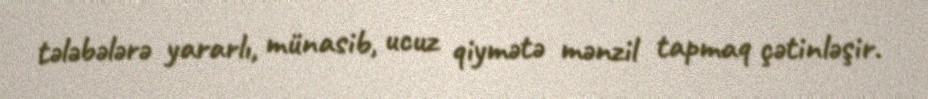
tələbələrə yararlı, münasib, ucuz qiymətə mənzil tapmaq çətinləşir.